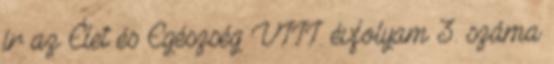
ír az Élet és Egészség VIII. évfolyam 3. száma